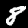
Label: 8